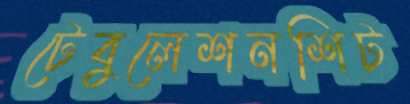
টেবুলেশনশিট